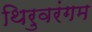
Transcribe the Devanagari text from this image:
थिरुवरंगम